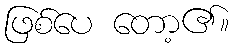
ဖြစ်ပေ တော့၏။